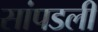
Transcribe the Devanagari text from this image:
सांपडली